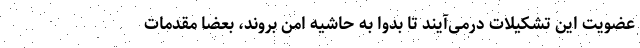
عضویت این تشکیلات درمی‌آیند تا بدوا به حاشیه امن بروند، بعضا مقدمات